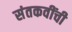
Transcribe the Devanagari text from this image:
संतकवींची